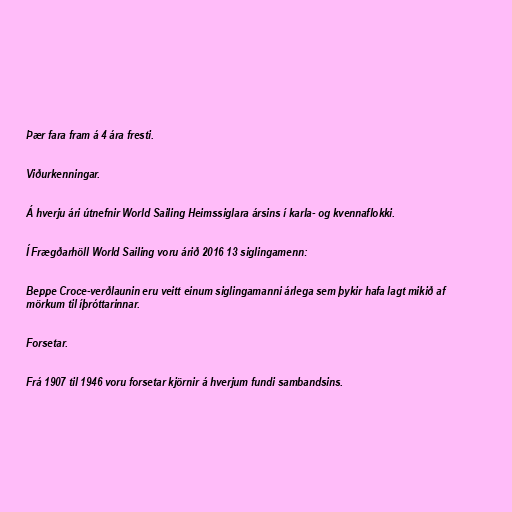
Þær fara fram á 4 ára fresti.

Viðurkenningar.

Á hverju ári útnefnir World Sailing Heimssiglara ársins í karla- og kvennaflokki.

Í Frægðarhöll World Sailing voru árið 2016 13 siglingamenn:

Beppe Croce-verðlaunin eru veitt einum siglingamanni árlega sem þykir hafa lagt mikið af
mörkum til íþróttarinnar.

Forsetar.

Frá 1907 til 1946 voru forsetar kjörnir á hverjum fundi sambandsins.